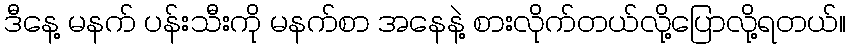
ဒီနေ့ မနက် ပန်းသီးကို မနက်စာ အနေနဲ့ စားလိုက်တယ်လို့ပြောလို့ရတယ်။